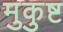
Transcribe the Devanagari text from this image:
मुकुष्ट